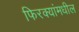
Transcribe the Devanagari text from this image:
फिरक्यांमधील